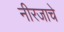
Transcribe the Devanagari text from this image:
नीरजाचे